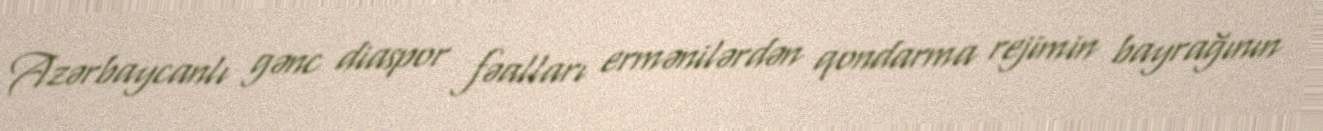
Azərbaycanlı gənc diaspor fəalları ermənilərdən qondarma rejimin bayrağının